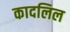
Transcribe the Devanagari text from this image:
कादलिल